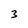
Character: 3